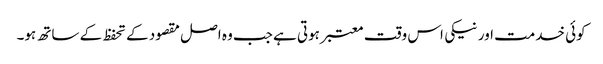
کوئی خدمت اور نیکی اس وقت معتبر ہوتی ہے جب وہ اصل مقصود کے تحفظ کے ساتھ ہو۔